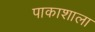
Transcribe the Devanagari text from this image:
पाकाशाला